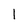
Character: 1